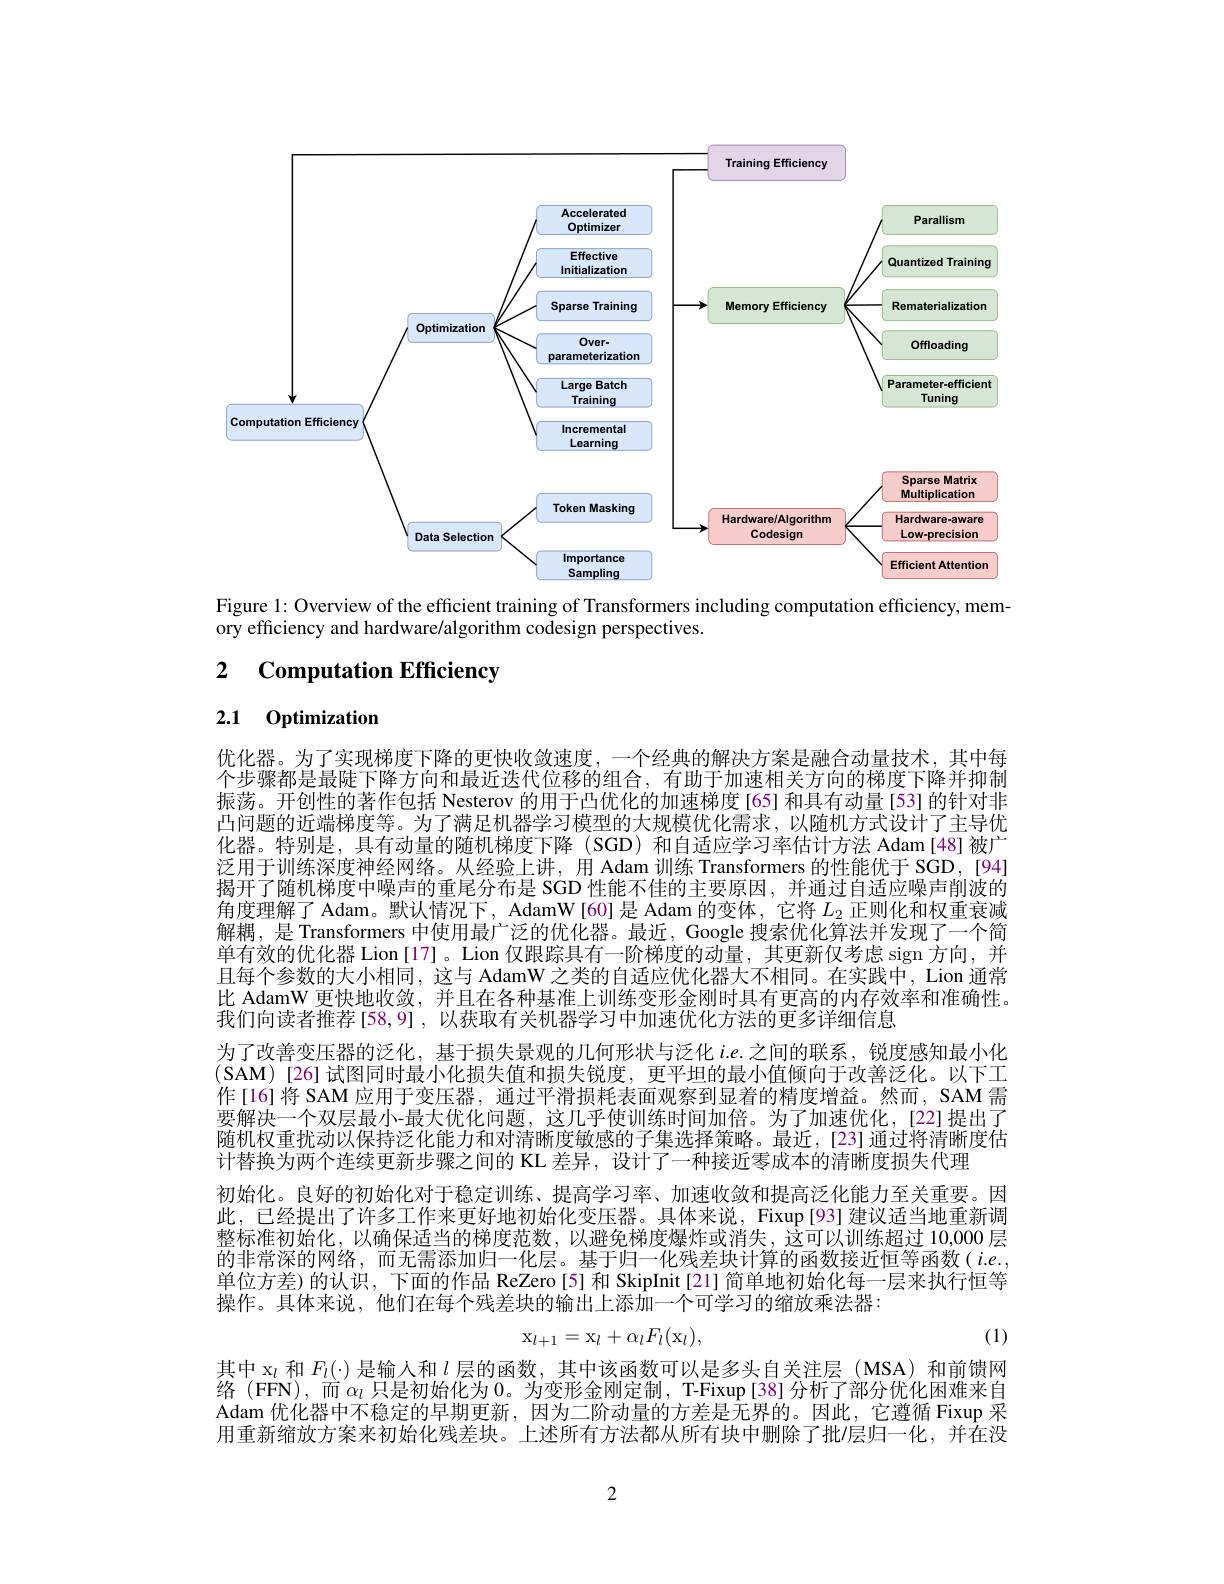
<FigureHere>
Figure 1: Overview of the efficient training of Transformers including computation efficiency, mem-

ory efficiency and hardware/algorithm codesign perspectives.

# 2 $\textbf{Computation Efficiency}$

# 2.1 0ptimization

优化器。为了实现梯度下降的更快收敛速度，一个经典的解决方案是融合动量技术，其中每个步骤都是最陡下降方向和最近迭代位移的组合，有助于加速相关方向的梯度下降并抑制振荡。开创性的著作包括 Nesterov 的用于凸优化的加速梯度[65] 和具有动量[53] 的针对非凸问题的近端梯度等。为了满足机器学习模型的大规模优化需求，以随机方式设计了主导优化器。特别是，具有动量的随机梯度下降 (SGD) 和自适应学习率估计方法 Adam[48]被广泛用于训练深度神经网络。从经验上讲，用 Adam 训练 Transformers 的性能优于 SGD,[94] 揭开了随机梯度中噪声的重尾分布是 SGD 性能不佳的主要原因，并通过自适应噪声削波的角度理解了 Adam。默认情况下，AdamW[60] 是 Adam 的变体，它将$L_2$正则化和权重衰减解耦，是 Transformers 中使用最广泛的优化器。最近，Google 搜索优化算法并发现了一个简单有效的优化器 Lion [17]。Lion 仅跟踪具有一阶梯度的动量，其更新仅考虑 sign 方向，并且每个参数的大小相同，这与 AdamW 之类的自适应优化器大不相同。在实践中，Lion 通常比 AdamW 更快地收敛，并且在各种基准上训练变形金刚时具有更高的内存效率和准确性。我们向读者推荐[58,9] ,以获取有关机器学习中加速优化方法的更多详细信息
为了改善变压器的泛化，基于损失景观的几何形状与泛化 $i.e.$之间的联系，锐度感知最小化(SAM)[26]试图同时最小化损失值和损失锐度，更平坦的最小值倾向于改善泛化。以下工作[16]将 SAM应用于变压器，通过平滑损耗表面观察到显着的精度增益。然而，SAM 需要解决一个双层最小-最大优化问题，这几乎使训练时间加倍。为了加速优化，[22]提出了随机权重扰动以保持泛化能力和对清晰度敏感的子集选择策略。最近，[23]通过将清晰度估计替换为两个连续更新步骤之间的 KL 差异，设计了一种接近零成本的清晰度损失代理
初始化。良好的初始化对于稳定训练、提高学习率、加速收敛和提高泛化能力至关重要。因此，已经提出了许多工作来更好地初始化变压器。具体来说，Fixup[93] 建议适当地重新调整标准初始化，以确保适当的梯度范数，以避免梯度爆炸或消失，这可以训练超过 10,000 层的非常深的网络，而无需添加归一化层。基于归一化残差块计算的函数接近恒等函数( $i.e.$, 单位方差) 的认识，下面的作品 ReZero [5] 和 SkipInit[21]简单地初始化每一层来执行恒等操作。具体来说，他们在每个残差块的输出上添加一个可学习的缩放乘法器：
$$\mathrm{x}_{l+1}=\mathrm{x}_{l}+\alpha_{l}F_{l}(\mathrm{x}_{l}),$$
(1)
其中 x$\iota$和$F_l(\cdot)$是输人和$l$层的函数，其中该函数可以是多头自关注层 (MSA)和前馈网络 (FFN),而$\alpha_l$只是初始化为0。为变形金刚定制，T-Fixup[38]分析了部分优化困难来自Adam 优化器中不稳定的早期更新，因为二阶动量的方差是无界的。因此，它遵循 Fixup 采用重新缩放方案来初始化残差块。上述所有方法都从所有块中删除了批$i$层归一化，并在没

2